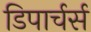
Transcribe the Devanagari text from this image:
डिपार्चर्स